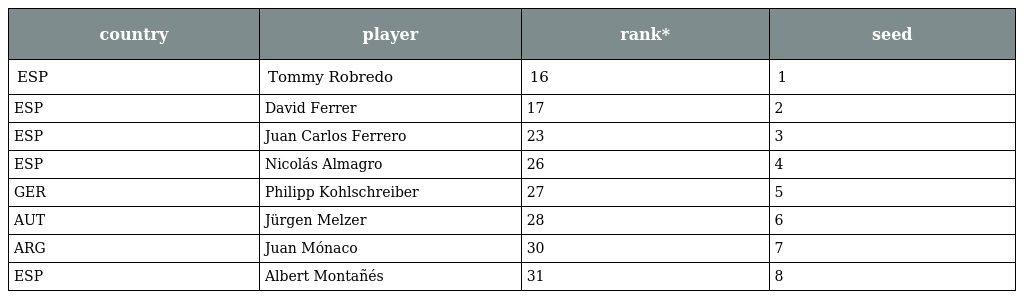
| country | player | rank* | seed |
 | --- | --- | --- | --- |
 | ESP | Tommy Robredo | 16 | 1 |
 | ESP | David Ferrer | 17 | 2 |
 | ESP | Juan Carlos Ferrero | 23 | 3 |
 | ESP | Nicolás Almagro | 26 | 4 |
 | GER | Philipp Kohlschreiber | 27 | 5 |
 | AUT | Jürgen Melzer | 28 | 6 |
 | ARG | Juan Mónaco | 30 | 7 |
 | ESP | Albert Montañés | 31 | 8 |